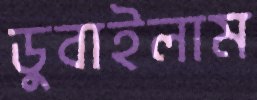
ডুবাইলাম